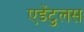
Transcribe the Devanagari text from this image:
एडेंटुलस